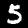
Digit: 5